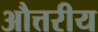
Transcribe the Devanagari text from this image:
औत्तरीय